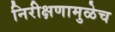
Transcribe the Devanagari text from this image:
निरीक्षणामुळेच